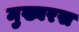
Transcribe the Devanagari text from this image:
मुख्यरस